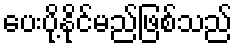
ပေးပို့နိုင်မည်ဖြစ်သည်